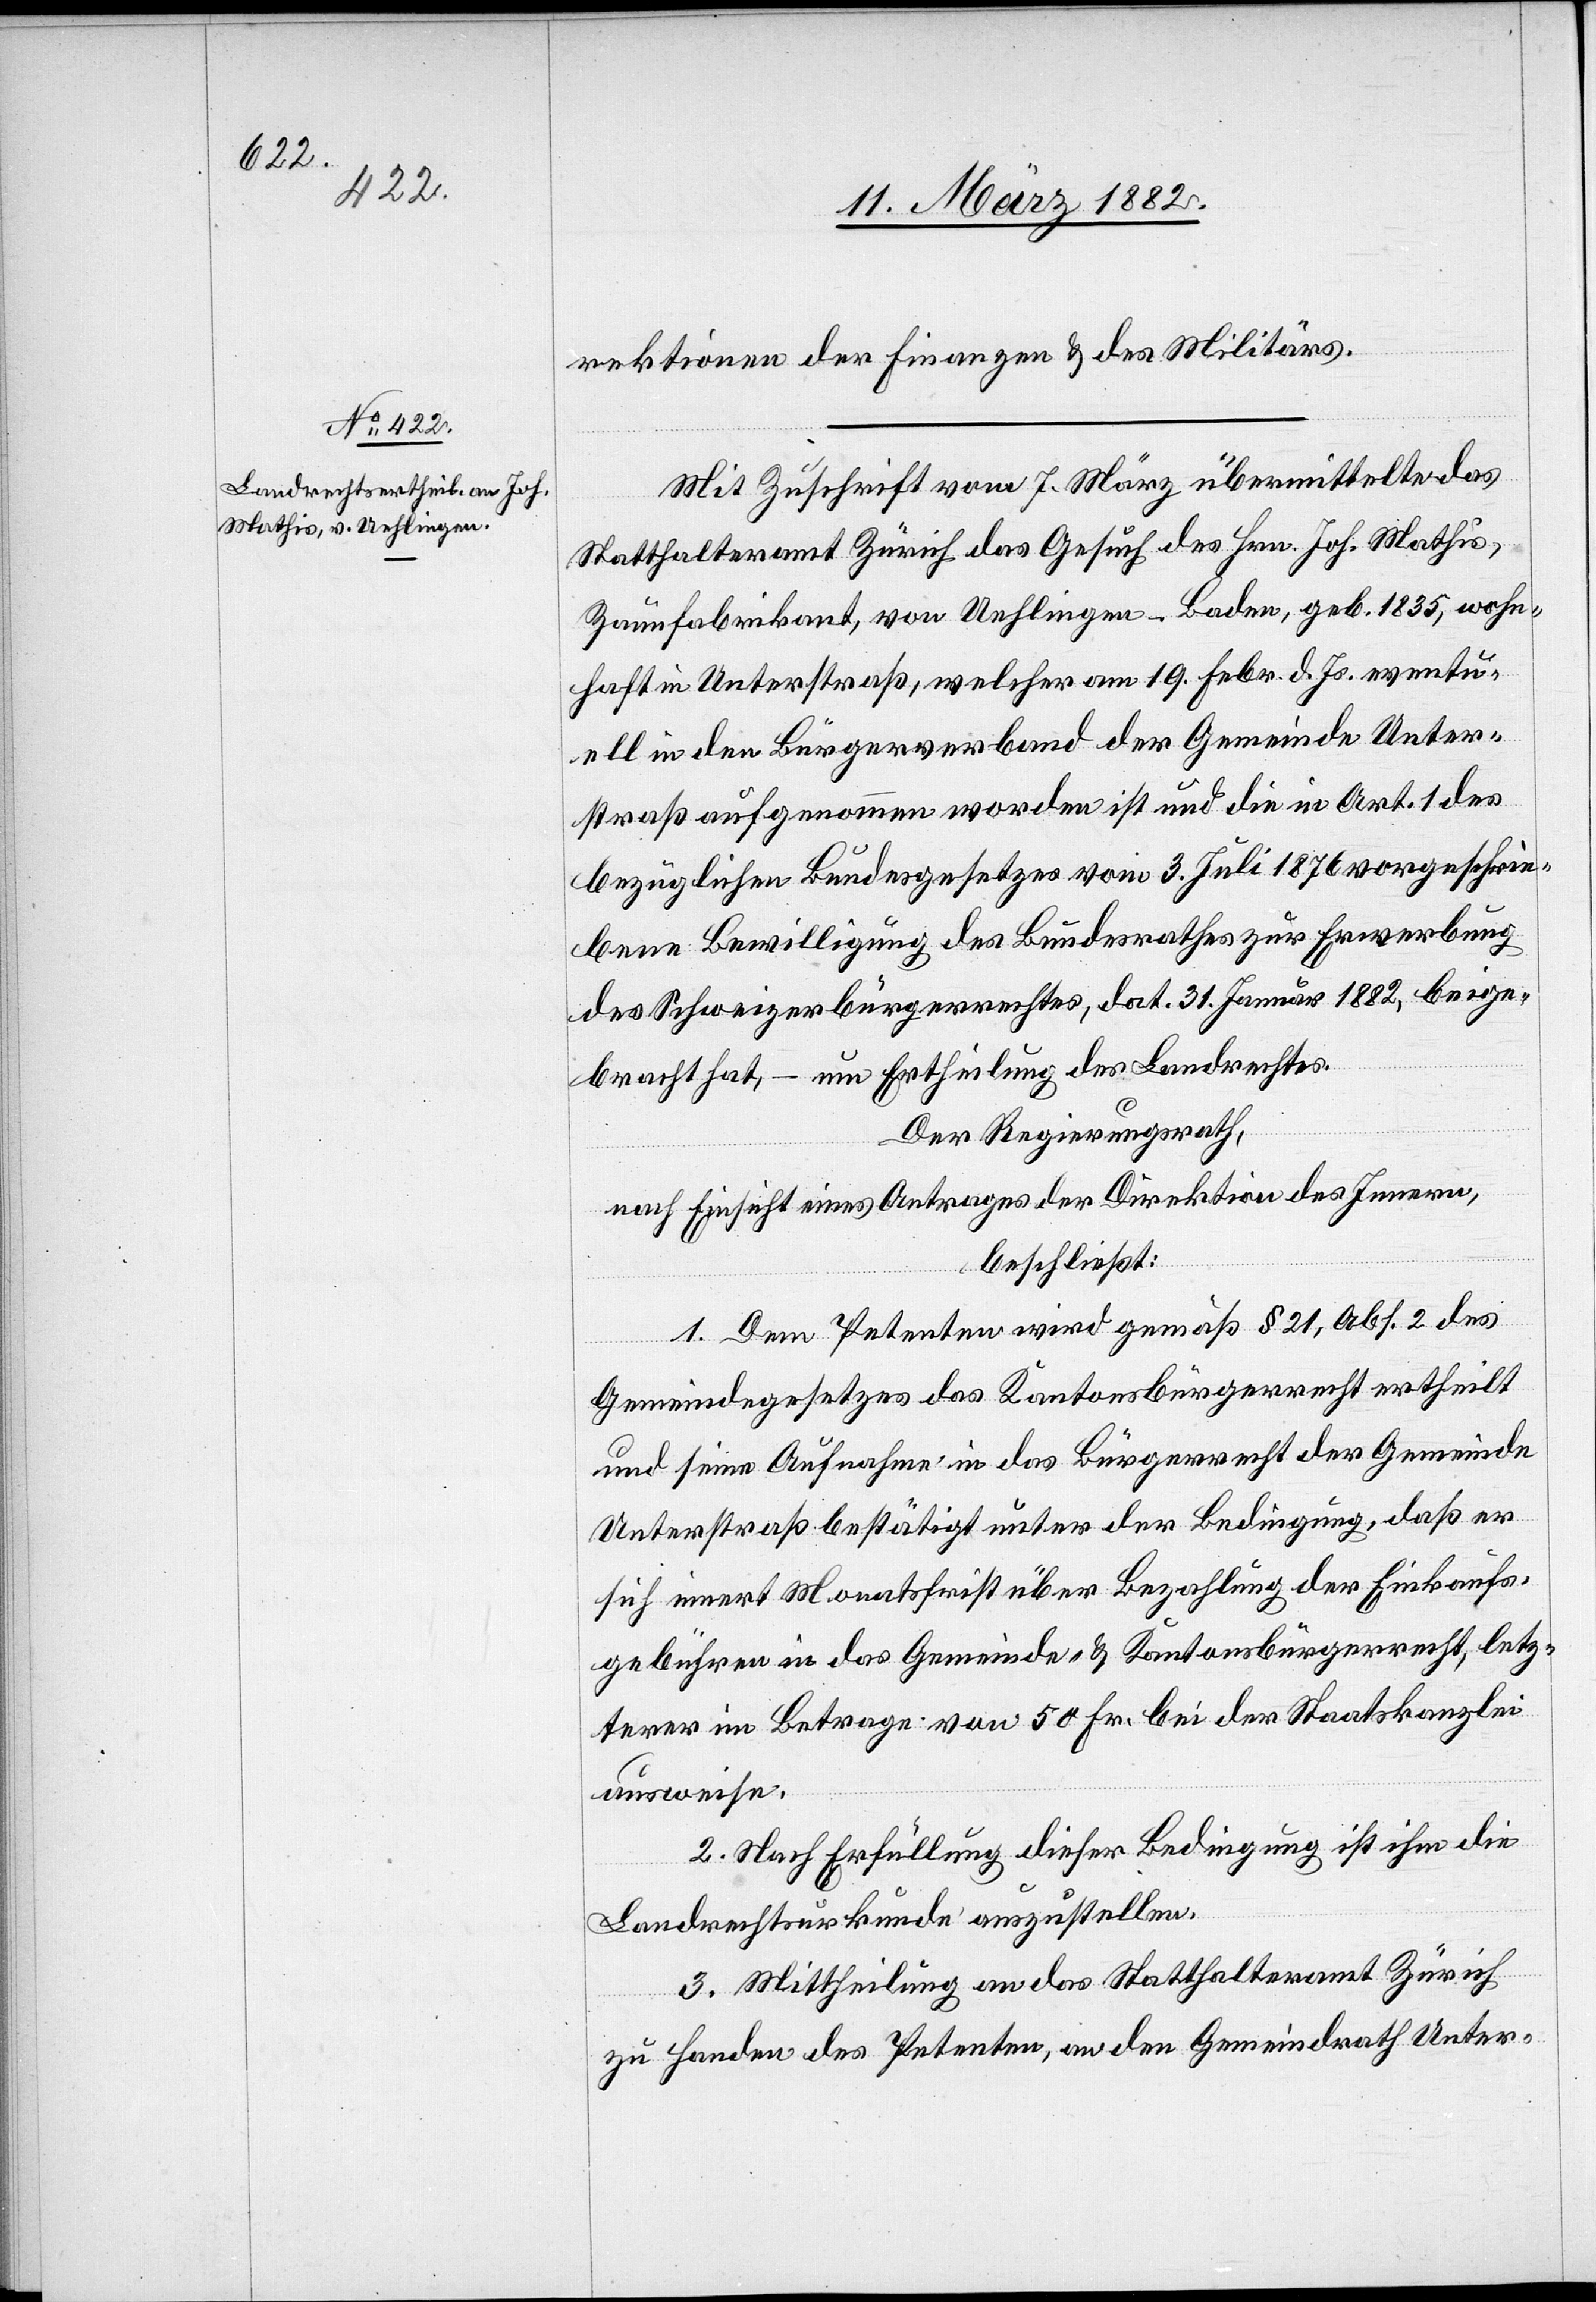
rektionen der Finanzen & des Militärs.
Mit Zuschrift vom 7. März übermittelte das
Statthalteramt Zürich das Gesuch des Hrn. Joh. Mathis,
Zaunfabrikant, von Uehlingen - Baden, geb. 1835, wohn¬
haft in Unterstraß, welcher am 19. Febr. d. Js. eventu¬
ell in den Bürgerverband der Gemeinde Unter¬
straß aufgenommen worden ist und die in Art. 1 des
bezüglichen Bundesgesetzes vom 3. Juli 1876 vorgeschrie¬
bene Bewilligung des Bundesrathes zur Erwerbung
des Schweizerbürgerrechtes, dat. 31. Januar 1881, beige¬
bracht hat, – um Ertheilung des Landrechtes.
Der Regierungsrath,
nach Einsicht eines Antrages der Direktion des Innern,
beschließt:
1. Dem Petenten wird gemäß § 21, Abs. 2 des
Gemeindgesetzes das Kantonsbürgerrecht ertheilt
und seine Aufnahme in das Bürgerrecht der Gemeinde
Unterstraß bestätigt unter der Bedingung, daß er
sich innert Monatsfrist über Bezahlung der Einkaufs¬
gebühren in das Gemeinde- & Kantonsbürgerrecht, letz¬
terer im Betrage von 50 Fr. bei der Staatskanzlei
ausweise.
2. Nach Erfüllung dieser Bedingung ist ihm die
Landrechtsurkunde auszustellen.
3. Mittheilung an das Statthalteramt Zürich
zu Handen des Petenten, an den Gemeindrath Unter-